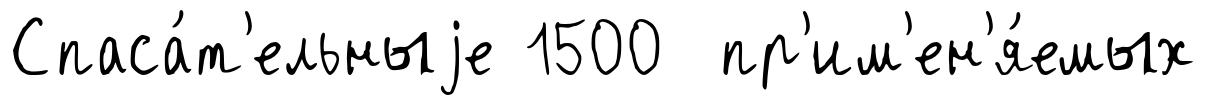
Спаса́т'ельныjе 1500 пр'им'ен'я́емых